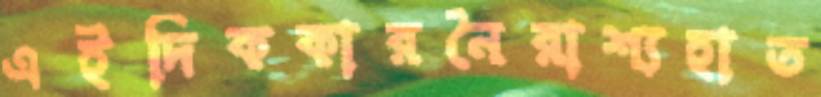
এইদিককারনৈরাশ্যহাত